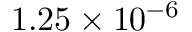
1 . 2 5 \times 1 0 ^ { - 6 }